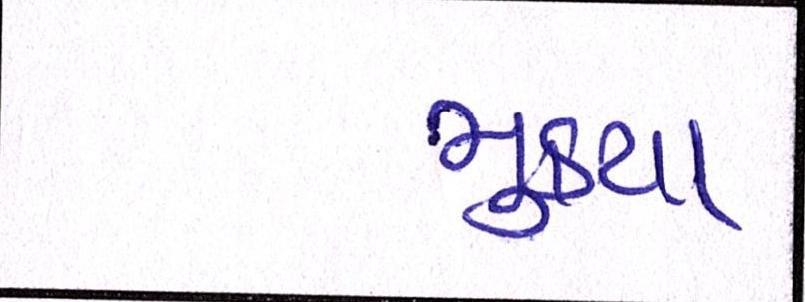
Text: મુક્યા